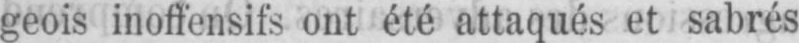
geois inoffensifs ont été attaqués et sabrés